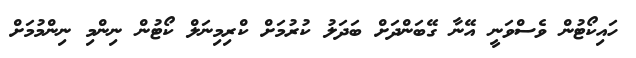
ހައިކޯޓުން ވެސްވަނީ އޭނާ ގޭބަންދަށް ބަދަލު ކުރުމަށް ކްރިމިނަލް ކޯޓުން ނިންމި ނިންމުމަށް